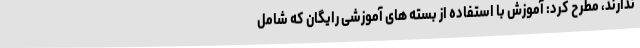
ندارند، مطرح کرد: آموزش با استفاده از بسته های آموزشی رایگان که شامل